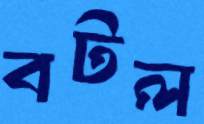
বটল